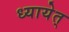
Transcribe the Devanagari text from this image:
ध्यायेत्